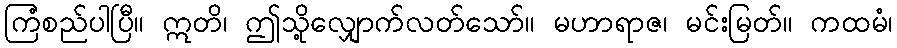
ကြံစည်ပါပြီ။ ဣတိ၊ ဤသို့လျှောက်လတ်သော်။ မဟာရာဇ၊ မင်းမြတ်။ ကထမံ၊